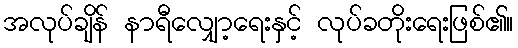
အလုပ်ချိန် နာရီလျှော့ရေးနှင့် လုပ်ခတိုးရေးဖြစ်၏။